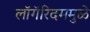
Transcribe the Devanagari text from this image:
लॉगॅरिदममुळे